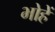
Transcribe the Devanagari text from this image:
भोहें